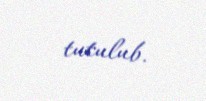
tutulub.